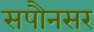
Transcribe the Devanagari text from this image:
सपौनसर